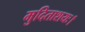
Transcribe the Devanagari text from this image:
मुदिताशयः।